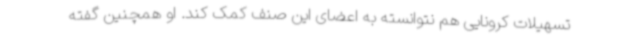
تسهیلات کرونایی هم نتوانسته به اعضای این صنف کمک کند. او همچنین گفته